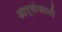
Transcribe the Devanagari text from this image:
आर्संजानी